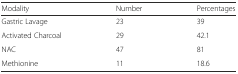
<table><thead><tr><td><b>Modality</b></td><td><b>Number</b></td><td><b>Percentages</b></td></tr></thead><tbody><tr><td>Gastric Lavage</td><td>23</td><td>39</td></tr><tr><td>Activated Charcoal</td><td>29</td><td>42.1</td></tr><tr><td>NAC</td><td>47</td><td>81</td></tr><tr><td>Methionine</td><td>11</td><td>18.6</td></tr></tbody></table>